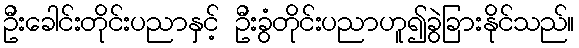
ဦးခေါင်းတိုင်းပညာနှင့် ဦးခွံတိုင်းပညာဟူ၍ခွဲခြားနိုင်သည်။